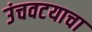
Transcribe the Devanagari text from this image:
उंचवटयाचा